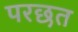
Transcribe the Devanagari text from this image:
परछत